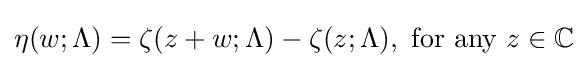
\eta (w;\Lambda )=\zeta (z+w;\Lambda )-\zeta (z;\Lambda ),{\mbox{ for any }}z\in \mathbb {C}